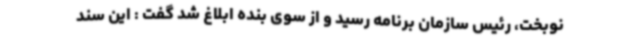
نوبخت، رئیس سازمان برنامه رسید و از سوی بنده ابلاغ شد گفت : این سند